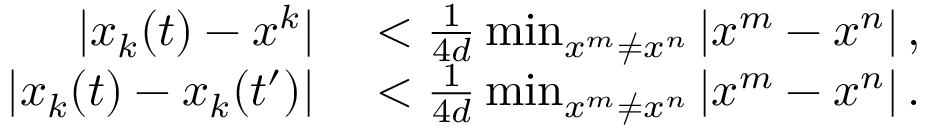
\begin{array} { r l } { | x _ { k } ( t ) - x ^ { k } | } & { { } < \frac { 1 } { 4 d } \operatorname* { m i n } _ { x ^ { m } \neq x ^ { n } } | x ^ { m } - x ^ { n } | \, , } \\ { | x _ { k } ( t ) - x _ { k } ( t ^ { \prime } ) | } & { { } < \frac { 1 } { 4 d } \operatorname* { m i n } _ { x ^ { m } \neq x ^ { n } } | x ^ { m } - x ^ { n } | \, . } \end{array}